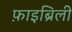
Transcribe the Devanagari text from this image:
फ़ाइब्रिली